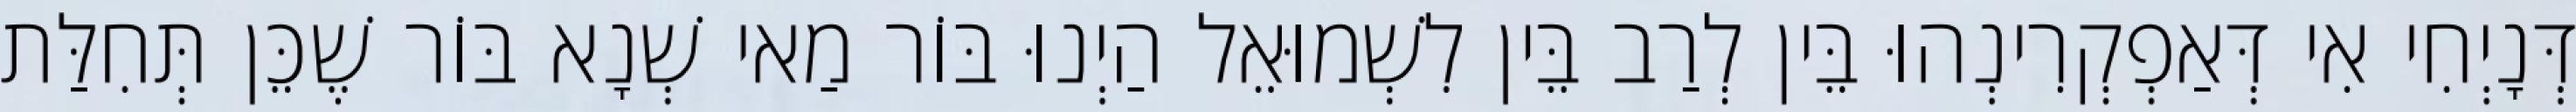
דְּנָיְחִי אִי דְּאַפְקְרִינְהוּ בֵּין לְרַב בֵּין לִשְׁמוּאֵל הַיְנוּ בּוֹר מַאי שְׁנָא בּוֹר שֶׁכֵּן תְּחִלַּת